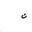
Letter: _non